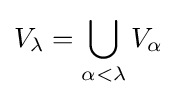
V_{\lambda }=\bigcup _{\alpha <\lambda }V_{\alpha }